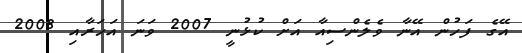
އޭގެ ފަހުން އޭނާ ވެލެންސިއާ އަށް ކުޅުނީ 2007 ވަނަ އަހަރާއި 2008